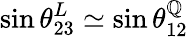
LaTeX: \sin\theta_{23}^{L}\simeq\sin\theta_{12}^{\mathbb{Q}}